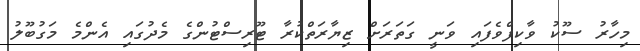
މިހާރު ސޫކު ވާކިފްވެފައި ވަނީ ގަތަރަށް ޒިޔާރަތްކުރާ ޓޫރިސްޓުންގެ މެދުގައި އެންމެ މަގުބޫލު